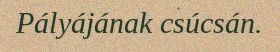
Pályájának csúcsán.